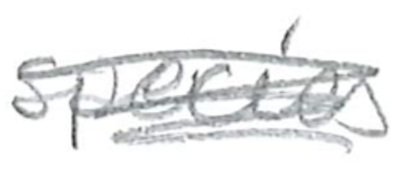
Text: species
Cross-out: scratch
Writing tool: pencil